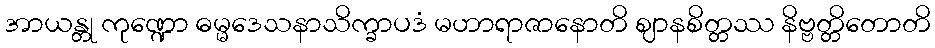
အာယန္တု ကုဏ္ဍော ဓမ္မဒေသနာသိက္ခာပဒံ မဟာရာဇာနောတိ ဈာနစိတ္တဿ နိဗ္ဗတ္တိတောတိ